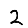
Digit: 2